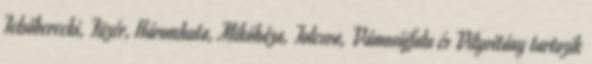
Felsőberecki, Füzér, Háromhuta, Mikóháza, Tolcsva, Vámosújfalu és Vilyvitány tartozik